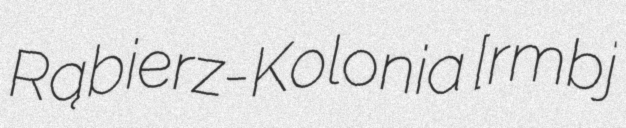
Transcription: Rąbierz-Kolonia [ˈrɔmbjɛʂ